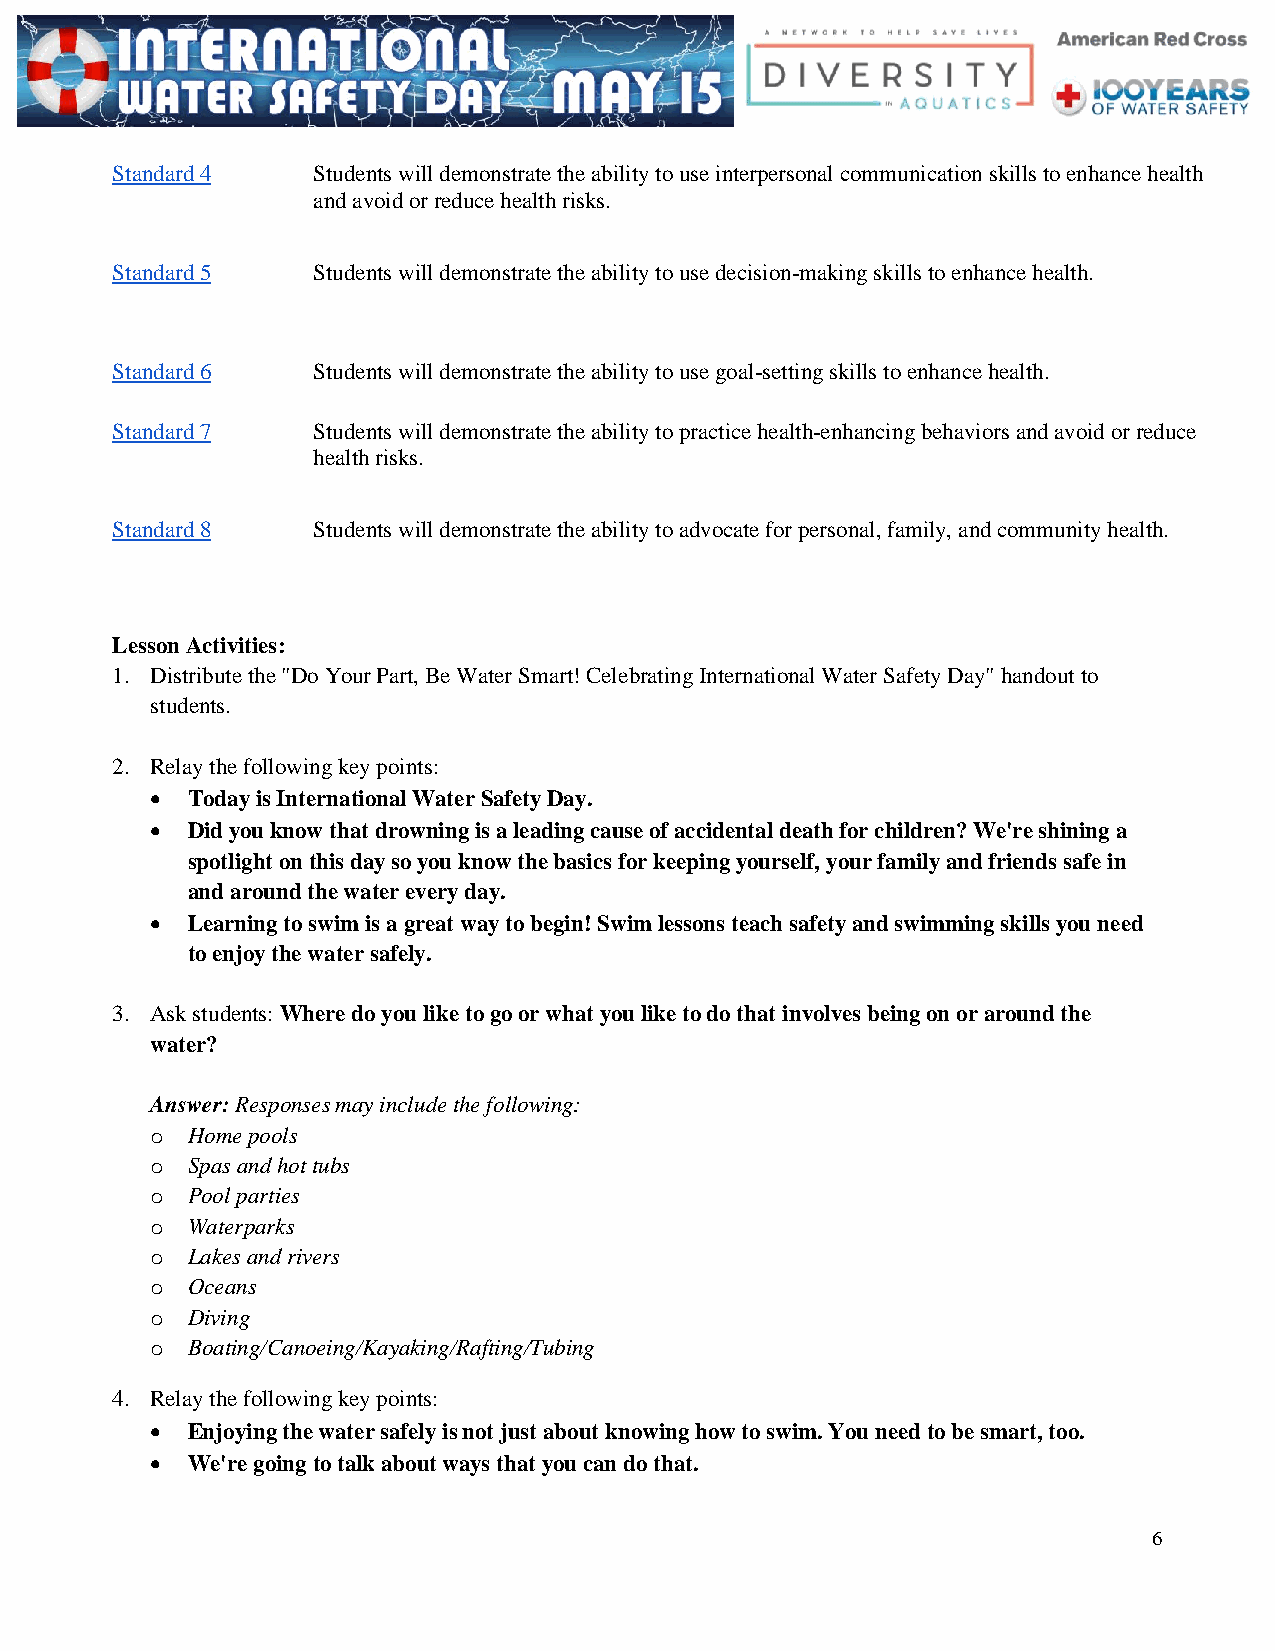
Standard 4    Students will demonstrate the ability to use interpersonal communication skills to enhance health
 and avoid or reduce health risks.
 Standard 5    Students will demonstrate the ability to use decision-making skills to enhance health.
 Standard 6    Students will demonstrate the ability to use goal-setting skills to enhance health.
 Standard 7    Students will demonstrate the ability to practice health-enhancing behaviors and avoid or reduce
 health risks.
 Standard 8    Students will demonstrate the ability to advocate for personal, family, and community health.
 Lesson Activities:
 1. Distribute the "Do Your Part, Be Water Smart! Celebrating International Water Safety Day" handout to
 students.
 2. Relay the following key points:
  Today is International Water Safety Day.
  Did you know that drowning is a leading cause of accidental death for children? We're shining a
 spotlight on this day so you know the basics for keeping yourself, your family and friends safe in
 and around the water every day.
  Learning to swim is a great way to begin! Swim lessons teach safety and swimming skills you need
 to enjoy the water safely.
 3. Ask students: Where do you like to go or what you like to do that involves being on or around the
 water?
 Answer: Responses may include the following:
 o Home pools
 o Spas and hot tubs
 o Pool parties
 o Waterparks
 o Lakes and rivers
 o Oceans
 o Diving
 o Boating/Canoeing/Kayaking/Rafting/Tubing
 4. Relay the following key points:
  Enjoying the water safely is not just about knowing how to swim. You need to be smart, too.
  We're going to talk about ways that you can do that.
 6